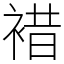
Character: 𧛊